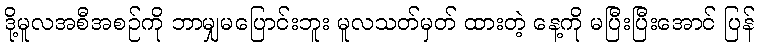
ဒို့မူလအစီအစဉ်ကို ဘာမျှမပြောင်းဘူး မူလသတ်မှတ် ထားတဲ့ နေ့ကို မပြီးပြီးအောင် ပြန်